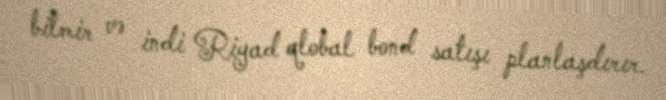
bilmir və indi Riyad qlobal bond satışı planlaşdırır.